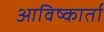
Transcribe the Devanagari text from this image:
आविष्कार्ता